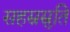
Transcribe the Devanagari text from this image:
सहस्रस्रुति